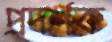
প্রদর্শক